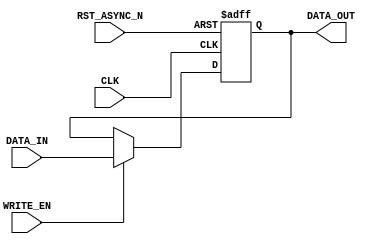
/*-----------------------------------------------------------------------------------
* Date generated: 25/03/2023
* Date modified: 11/05/2023
* Description: Stores the X and Y components of the MV generator output
*----------------------------------------------------------------------------------- */

module reg_gen_MV (
    CLK,
    RST_ASYNC_N, 
    WRITE_EN,
    DATA_IN,  
    DATA_OUT
);


// ------------------------------------------
// IO declaration
// ------------------------------------------
    input CLK;                              // Clock
    input RST_ASYNC_N;						// Asynchronous reset
    input WRITE_EN;							// Enables writing
    input signed [18:0] DATA_IN;			// Data in
    output reg signed [18:0] DATA_OUT;	    // Data out
    

// ------------------------------------------
// Sequential logic
// ------------------------------------------
always @(posedge CLK, negedge RST_ASYNC_N) begin
if (!RST_ASYNC_N)                        // If rst async is low
    begin
            DATA_OUT <= 19'b0;
    end
    
    else if (WRITE_EN) 		 			    // If write enable is high
    begin
        DATA_OUT <= DATA_IN; 			    // Write data to the register at the specified address
    end 
end

endmodule // reg_gen_MV